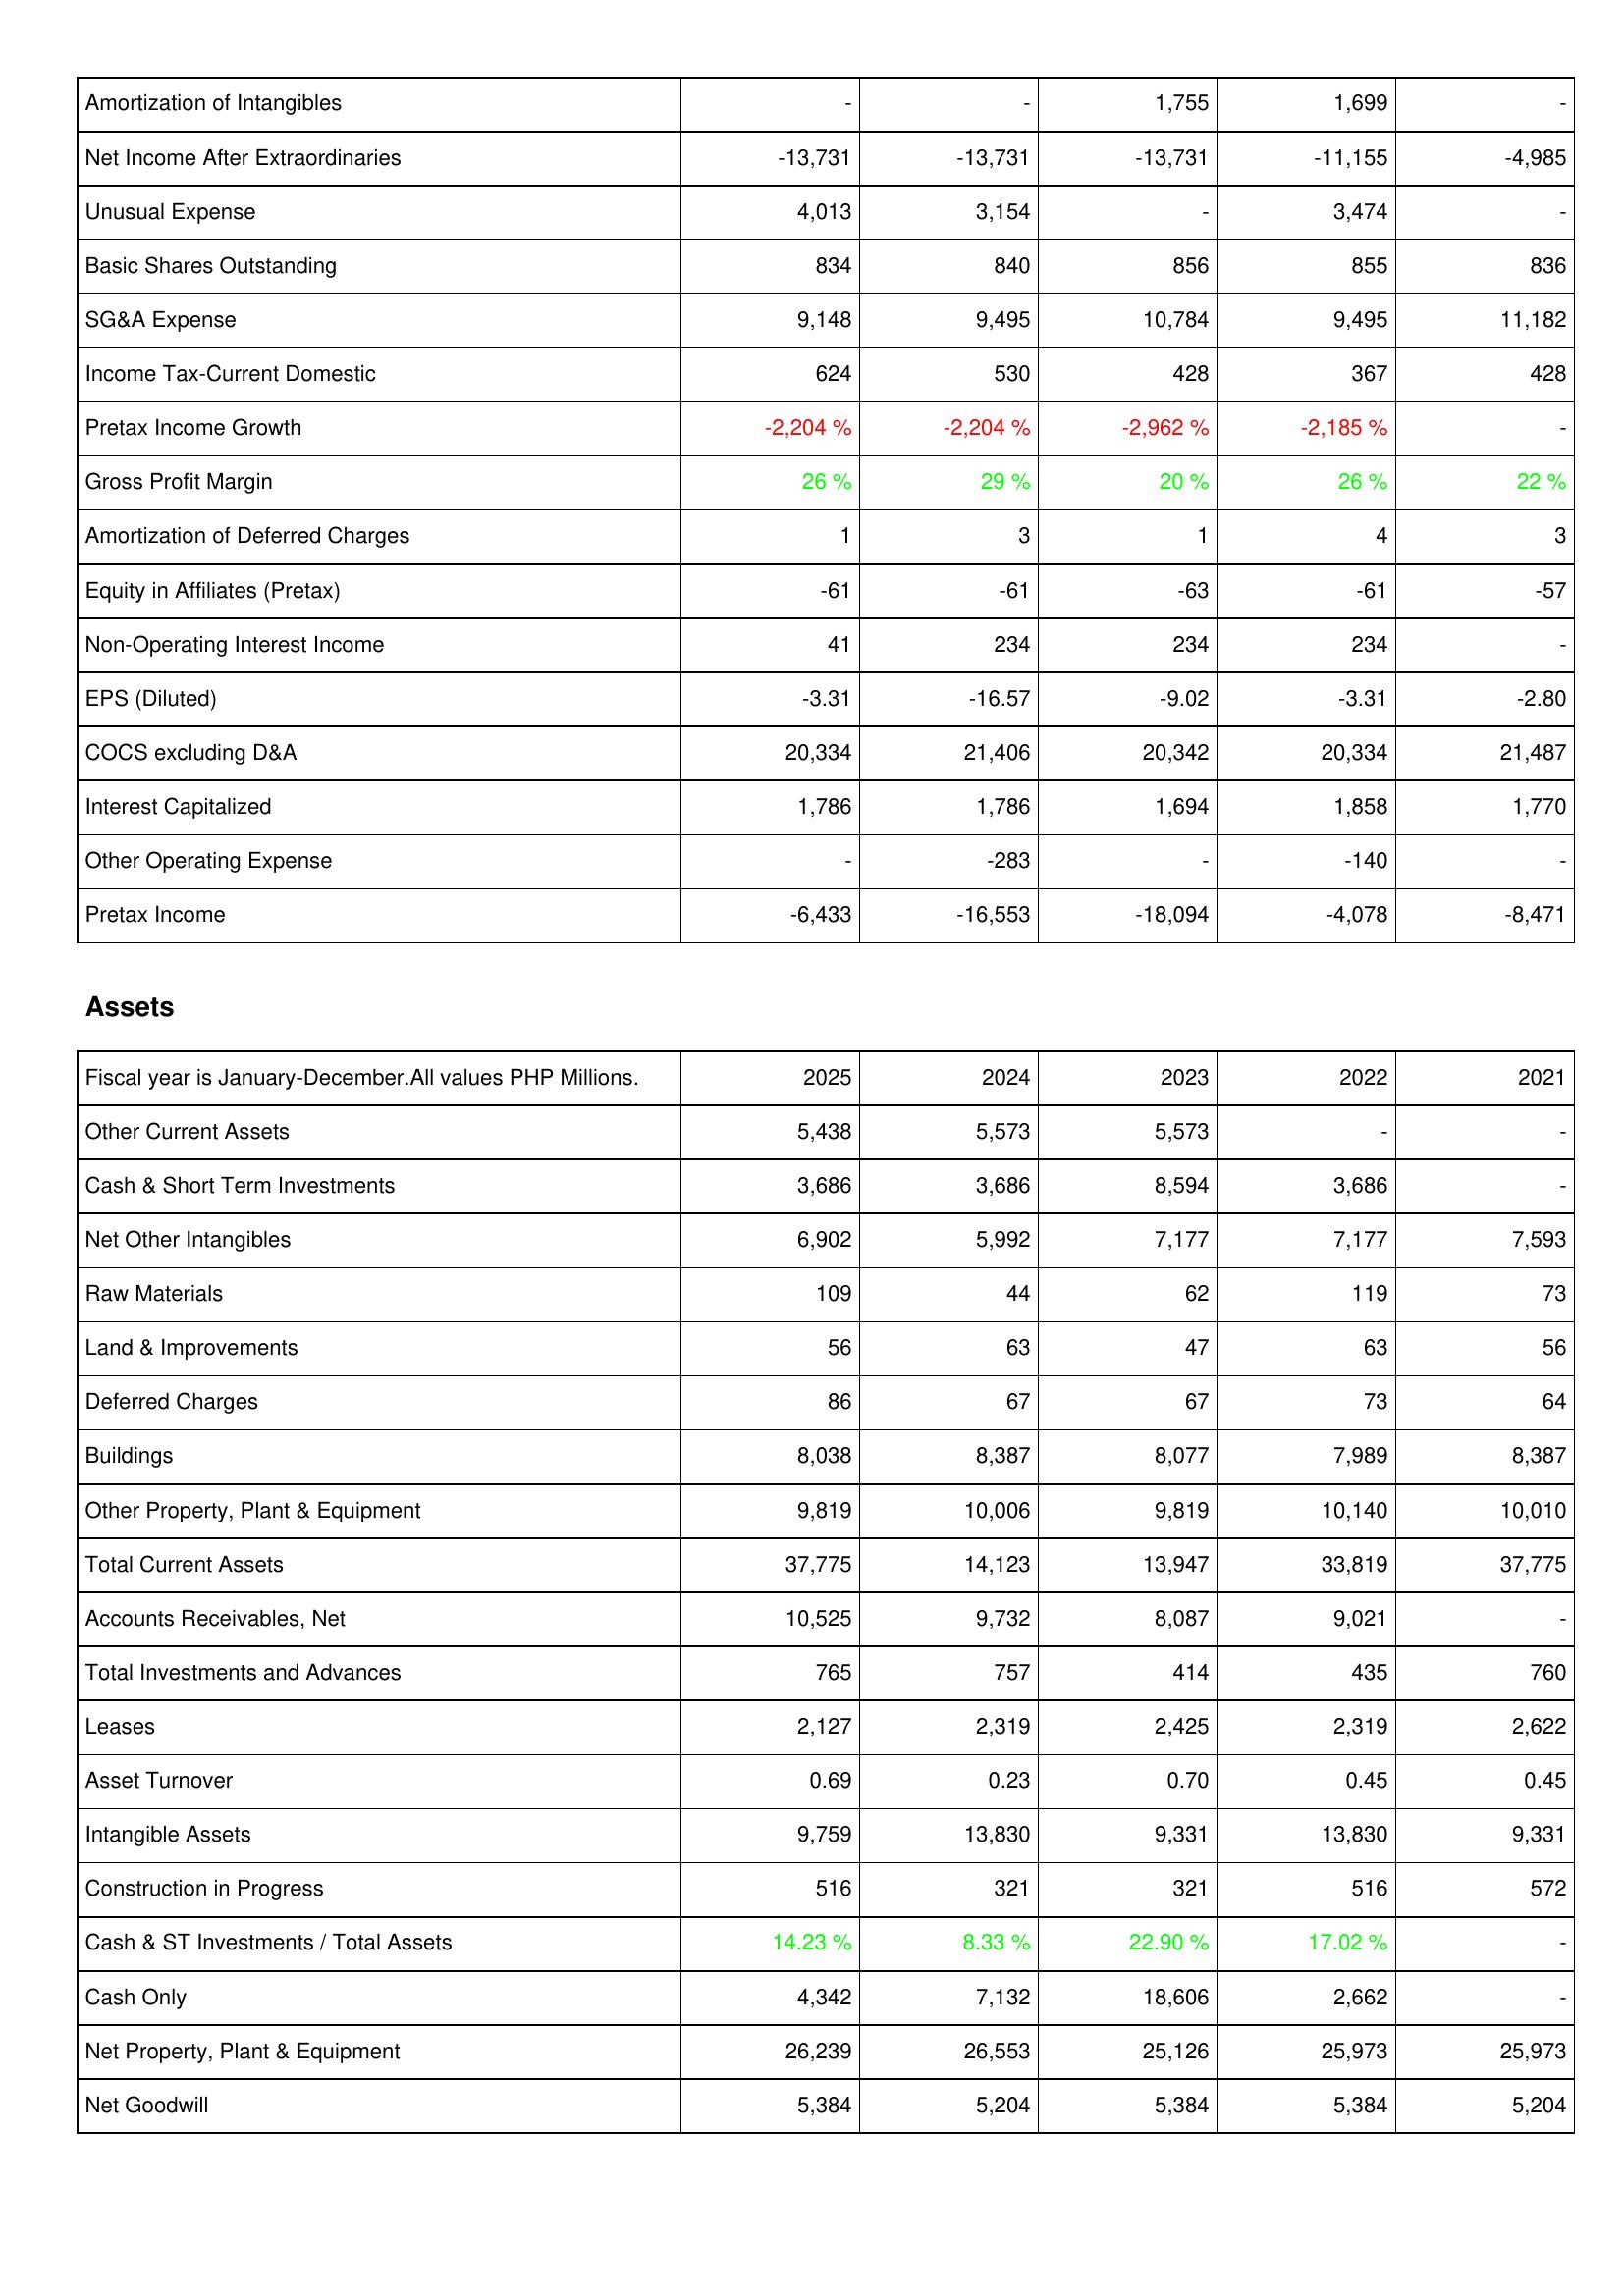
2025: Income Statement: Amortization of Intangibles: -
Net Income After Extraordinaries: -13,731
Unusual Expense: 4,013
Basic Shares Outstanding: 834
SG&A Expense: 9,148
Income Tax-Current Domestic: 624
Pretax Income Growth: -2,204 %
Gross Profit Margin: 26 %
Amortization of Deferred Charges: 1
Equity in Affiliates (Pretax): -61
Non-Operating Interest Income: 41
EPS (Diluted): -3.31
COCS excluding D&A: 20,334
Interest Capitalized: 1,786
Other Operating Expense: -
Pretax Income: -6,433
Assets: Other Current Assets: 5,438
Cash & Short Term Investments: 3,686
Net Other Intangibles: 6,902
Raw Materials: 109
Land & Improvements: 56
Deferred Charges: 86
Buildings: 8,038
Other Property, Plant & Equipment: 9,819
Total Current Assets: 37,775
Accounts Receivables, Net: 10,525
Total Investments and Advances: 765
Leases: 2,127
Asset Turnover: 0.69
Intangible Assets: 9,759
Construction in Progress: 516
Cash & ST Investments / Total Assets: 14.23 %
Cash Only: 4,342
Net Property, Plant & Equipment: 26,239
Net Goodwill: 5,384
2024: Income Statement: Amortization of Intangibles: -
Net Income After Extraordinaries: -13,731
Unusual Expense: 3,154
Basic Shares Outstanding: 840
SG&A Expense: 9,495
Income Tax-Current Domestic: 530
Pretax Income Growth: -2,204 %
Gross Profit Margin: 29 %
Amortization of Deferred Charges: 3
Equity in Affiliates (Pretax): -61
Non-Operating Interest Income: 234
EPS (Diluted): -16.57
COCS excluding D&A: 21,406
Interest Capitalized: 1,786
Other Operating Expense: -283
Pretax Income: -16,553
Assets: Other Current Assets: 5,573
Cash & Short Term Investments: 3,686
Net Other Intangibles: 5,992
Raw Materials: 44
Land & Improvements: 63
Deferred Charges: 67
Buildings: 8,387
Other Property, Plant & Equipment: 10,006
Total Current Assets: 14,123
Accounts Receivables, Net: 9,732
Total Investments and Advances: 757
Leases: 2,319
Asset Turnover: 0.23
Intangible Assets: 13,830
Construction in Progress: 321
Cash & ST Investments / Total Assets: 8.33 %
Cash Only: 7,132
Net Property, Plant & Equipment: 26,553
Net Goodwill: 5,204
2023: Income Statement: Amortization of Intangibles: 1,755
Net Income After Extraordinaries: -13,731
Unusual Expense: -
Basic Shares Outstanding: 856
SG&A Expense: 10,784
Income Tax-Current Domestic: 428
Pretax Income Growth: -2,962 %
Gross Profit Margin: 20 %
Amortization of Deferred Charges: 1
Equity in Affiliates (Pretax): -63
Non-Operating Interest Income: 234
EPS (Diluted): -9.02
COCS excluding D&A: 20,342
Interest Capitalized: 1,694
Other Operating Expense: -
Pretax Income: -18,094
Assets: Other Current Assets: 5,573
Cash & Short Term Investments: 8,594
Net Other Intangibles: 7,177
Raw Materials: 62
Land & Improvements: 47
Deferred Charges: 67
Buildings: 8,077
Other Property, Plant & Equipment: 9,819
Total Current Assets: 13,947
Accounts Receivables, Net: 8,087
Total Investments and Advances: 414
Leases: 2,425
Asset Turnover: 0.70
Intangible Assets: 9,331
Construction in Progress: 321
Cash & ST Investments / Total Assets: 22.90 %
Cash Only: 18,606
Net Property, Plant & Equipment: 25,126
Net Goodwill: 5,384
2022: Income Statement: Amortization of Intangibles: 1,699
Net Income After Extraordinaries: -11,155
Unusual Expense: 3,474
Basic Shares Outstanding: 855
SG&A Expense: 9,495
Income Tax-Current Domestic: 367
Pretax Income Growth: -2,185 %
Gross Profit Margin: 26 %
Amortization of Deferred Charges: 4
Equity in Affiliates (Pretax): -61
Non-Operating Interest Income: 234
EPS (Diluted): -3.31
COCS excluding D&A: 20,334
Interest Capitalized: 1,858
Other Operating Expense: -140
Pretax Income: -4,078
Assets: Other Current Assets: -
Cash & Short Term Investments: 3,686
Net Other Intangibles: 7,177
Raw Materials: 119
Land & Improvements: 63
Deferred Charges: 73
Buildings: 7,989
Other Property, Plant & Equipment: 10,140
Total Current Assets: 33,819
Accounts Receivables, Net: 9,021
Total Investments and Advances: 435
Leases: 2,319
Asset Turnover: 0.45
Intangible Assets: 13,830
Construction in Progress: 516
Cash & ST Investments / Total Assets: 17.02 %
Cash Only: 2,662
Net Property, Plant & Equipment: 25,973
Net Goodwill: 5,384
2021: Income Statement: Amortization of Intangibles: -
Net Income After Extraordinaries: -4,985
Unusual Expense: -
Basic Shares Outstanding: 836
SG&A Expense: 11,182
Income Tax-Current Domestic: 428
Pretax Income Growth: -
Gross Profit Margin: 22 %
Amortization of Deferred Charges: 3
Equity in Affiliates (Pretax): -57
Non-Operating Interest Income: -
EPS (Diluted): -2.80
COCS excluding D&A: 21,487
Interest Capitalized: 1,770
Other Operating Expense: -
Pretax Income: -8,471
Assets: Other Current Assets: -
Cash & Short Term Investments: -
Net Other Intangibles: 7,593
Raw Materials: 73
Land & Improvements: 56
Deferred Charges: 64
Buildings: 8,387
Other Property, Plant & Equipment: 10,010
Total Current Assets: 37,775
Accounts Receivables, Net: -
Total Investments and Advances: 760
Leases: 2,622
Asset Turnover: 0.45
Intangible Assets: 9,331
Construction in Progress: 572
Cash & ST Investments / Total Assets: -
Cash Only: -
Net Property, Plant & Equipment: 25,973
Net Goodwill: 5,204